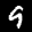
Label: 9